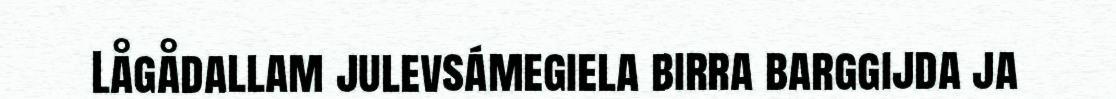
Lågådallam julevsámegiela birra barggijda ja